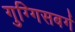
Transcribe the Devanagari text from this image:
गुग्गिसबर्ग